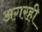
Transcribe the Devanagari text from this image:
अगरही